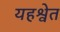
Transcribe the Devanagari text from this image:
यहश्वेत